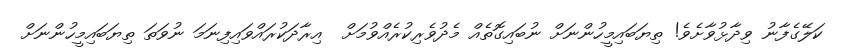
ކަލޭގެފާނު ވިދާޅުވާށެވެ! ތިޔަބައިމީހުންނަށް ނުބައިގޮތެއް މެދުވެރިކުރެއްވުމަށް  އިރާދަކުރައްވައިފިނަމަ ނުވަތަ ތިޔަބައިމީހުންނަށް